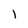
Character: l